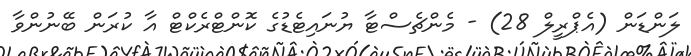
ލަންޑަން (އެޕްރީލް 28) - މެންޗެސްޓާ ޔުނައިޓެޑުގެ ކޮންޓްރެކްޓް އާ ކުރަން ބޭނުންވާ